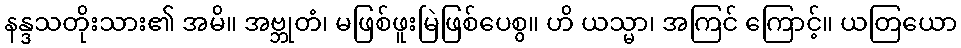
နန္ဒသတိုးသား၏ အမိ။ အဗ္ဘုတံ၊ မဖြစ်ဖူးမြဲဖြစ်ပေစွ။ ဟိ ယသ္မာ၊ အကြင် ကြောင့်။ ယတြယော